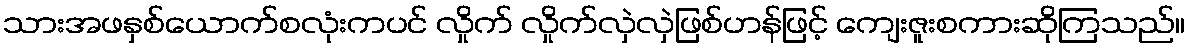
သားအဖနှစ်ယောက်စလုံးကပင် လှိုက် လှိုက်လှဲလှဲဖြစ်ဟန်ဖြင့် ကျေးဇူးစကားဆိုကြသည်။